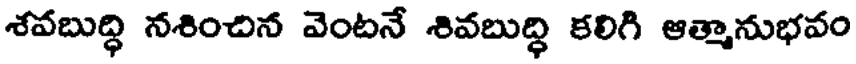
శవబుద్ధి నశించిన వెంటనే శివబుద్ధి కలిగి ఆత్మానుభవం